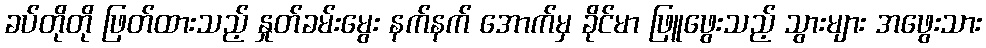
ခပ်တိုတို ဖြတ်ထားသည့် နှုတ်ခမ်းမွေး နက်နက် အောက်မှ ခိုင်မာ ဖြူဖွေးသည့် သွားများ အဖွေးသား